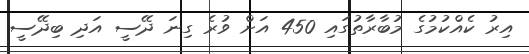
އިރު ކެއްކުމުގެ މުބާރާތުގައި 450 އަށް ވުރެ ގިނަ ދޭސީ އަދި ބިދޭސީ